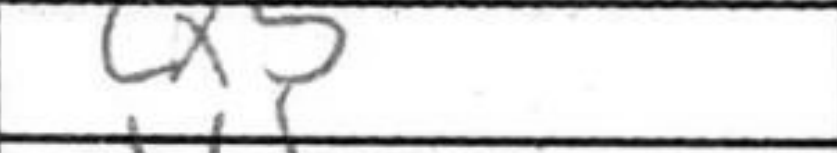
Transcription: cx5